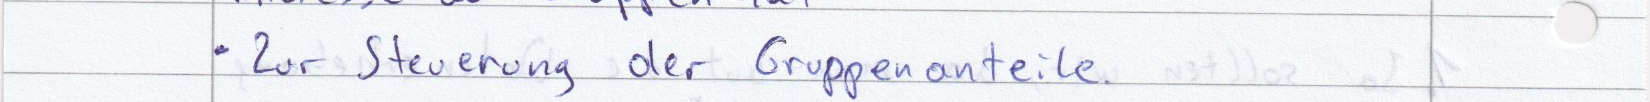
Zur Steuerung der Gruppenanteile